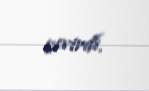
çevirdi.